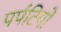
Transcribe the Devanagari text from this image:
पर्पटियो